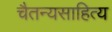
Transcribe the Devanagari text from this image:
चैतन्यसाहित्य